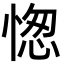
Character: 愡